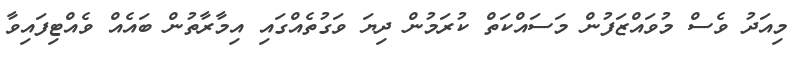
މިއަދު ވެސް މުވައްޒަފުން މަސައްކަތް ކުރަމުން ދިޔަ ވަގުތެއްގައި އިމާރާތުން ބައެއް ވެއްޓިފައިވާ